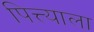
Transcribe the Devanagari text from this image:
पित्त्याला